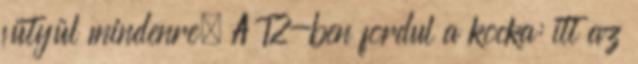
fütyül mindenre. A T2-ben fordul a kocka: itt az